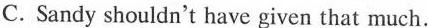
C.Sandy shouldn't have given that much.